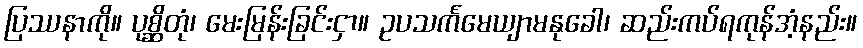
ပြဿနာကို။ ပုစ္ဆိတုံ၊ မေးမြန်းခြင်းငှာ။ ဥပသင်္ကမေယျာမနုခေါ၊ ဆည်းကပ်ရကုန်အံ့နည်း။